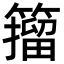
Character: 籀